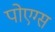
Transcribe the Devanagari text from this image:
पोएग्स